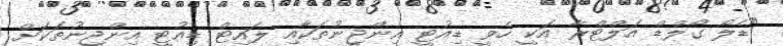
"ޑެލޯ ގޯލްޑް އަލްޓްރާ އަކީ ހެވީ ޑިއުޓީ އިންޖީނުތަކާއި ލައިޓް ޑިއުޓީ އިންޖީނުތަކަށް